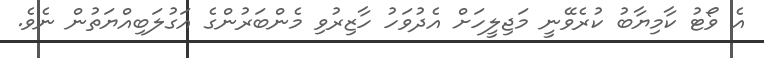
އެ ވޯޓު ކާމިޔާބު ކުރެވޭނީ މަޖިލީހަށް އެދުވަހު ހާޒިރުވި މެންބަރުންގެ އަގުލަބިއްޔަތުން ނެވެ.